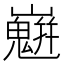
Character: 𡾛